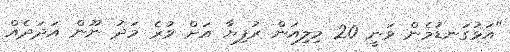
"އަޅުގަނޑުމެން ވަނީ 20 މިލިއަން ރުފިޔާ އަށް ވުރެ މަދު ނޫން އަދަދެއް